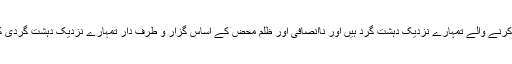
حق کا دفاع کرنے والے تمہارے نزدیک دہشت گرد ہیں اور ناانصافی اور ظلم محض کے اساس گزار و طرف دار تمہارے نزدیک دہشت گردی کا شکار ہیں؟